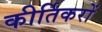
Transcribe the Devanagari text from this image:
कीर्तिकरों